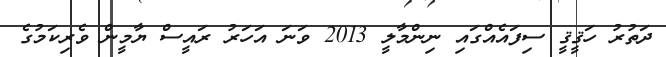
ދަތުރު ހަޤީޤީ ސިފައެއްގައި ނިންމާލީ 2013 ވަނަ އަހަރު ރައީސް ޔާމީން ވެރިކަމުގެ